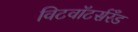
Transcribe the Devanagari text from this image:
विटवॉटर्सरँड